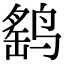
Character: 鹞